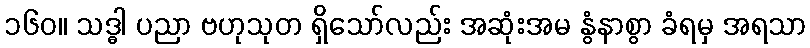
၁၆၀။ သဒ္ဓါ ပညာ ဗဟုသုတ ရှိသော်လည်း အဆုံးအမ နွံနာစွာ ခံရမှ အရသာ